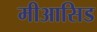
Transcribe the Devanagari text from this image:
मीआसिड